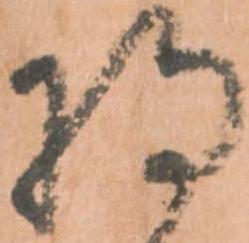
将